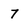
Character: 7